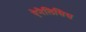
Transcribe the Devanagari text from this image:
ऐनैलिसिस